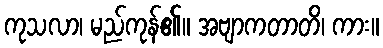
ကုသလာ၊ မည်ကုန်၏။ အဗျာကတာတိ၊ ကား။